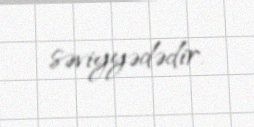
səviyyədədir.